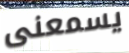
يسمعنى